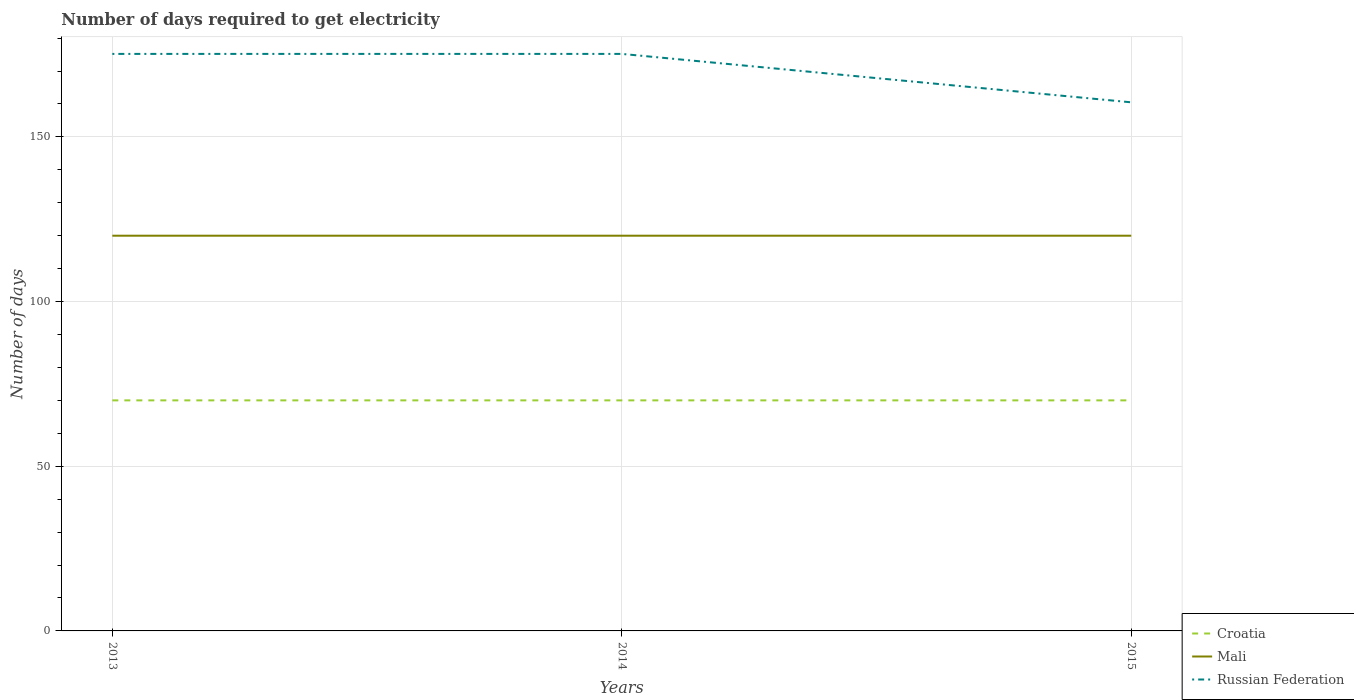
| Years | Croatia | Mali | Russian Federation |
 | --- | --- | --- | --- |
 | 2013 | 70 | 120 | 175 |
 | 2014 | 70 | 120 | 175 |
 | 2015 | 70 | 120 | 160 |